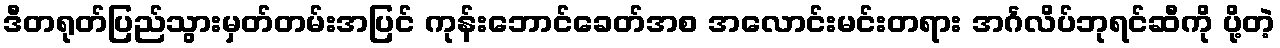
ဒီတရုတ်ပြည်သွားမှတ်တမ်းအပြင် ကုန်းဘောင်ခေတ်အစ အလောင်းမင်းတရား အင်္ဂလိပ်ဘုရင်ဆီကို ပို့တဲ့